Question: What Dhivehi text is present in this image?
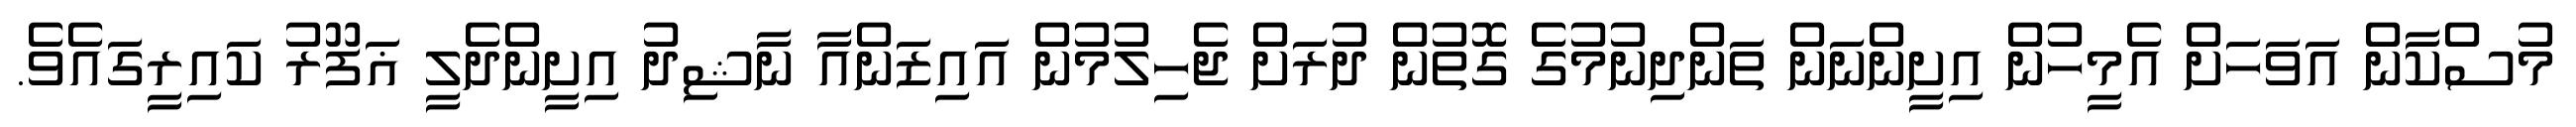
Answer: މުސްކާން އަވަހަށް އެމީހުން އިށީންނަން ތަންދިނުމުގެ ގޮތުން ދުރަށް ޖެހިލުމުން އައިޒަންއާ ނާޝިދު އިށީންދެލީ ޣަފޫރު ކައިރީގައެވެ.